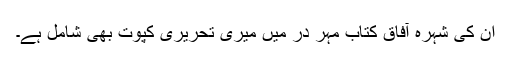
ان کی شہرہ آفاق کتاب مہر در میں میری تحریری کپوت بھی شامل ہے۔